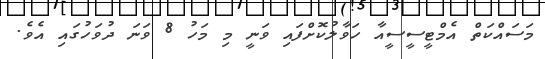
މަސައްކަތް އެމްޓީސީސީއާ ހަވާލުކޮށްފައި ވަނީ މި މަހު 8 ވަނަ ދުވަހުގައި އެވެ.